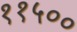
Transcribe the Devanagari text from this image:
११५००